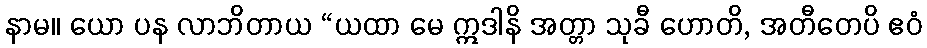
နာမ။ ယော ပန လာဘိတာယ “ယထာ မေ ဣဒါနိ အတ္တာ သုခီ ဟောတိ, အတီတေပိ ဧဝံ